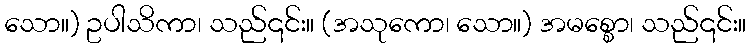
သော။) ဥပါသိကာ၊ သည်၎င်း။ (အသုကော၊ သော။) အမစ္စော၊ သည်၎င်း။